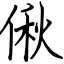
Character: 偢